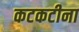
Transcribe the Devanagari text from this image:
कटकटीना